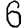
Digit: 6